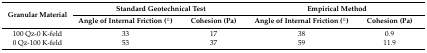
| <ROWSPAN=2> Granular Material | <COLSPAN=2> Standard Geotechnical Test | <COLSPAN=2> Empirical Method |
 | Angle of Internal Friction (°) | Cohesion (Pa) | Angle of Internal Friction (°) | Cohesion (Pa) |
 | --- | --- | --- | --- | --- |
 | 100 Qz-0 K-feld | 33 | 17 | 38 | 0.9 |
 | 0 Qz-100 K-feld | 53 | 37 | 59 | 11.9 |